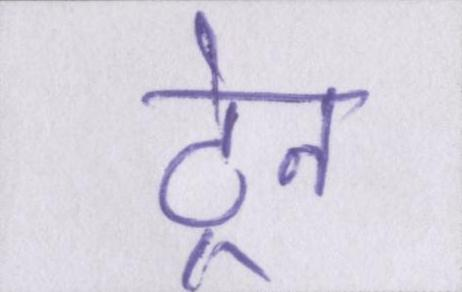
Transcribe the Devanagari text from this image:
ट्रेन